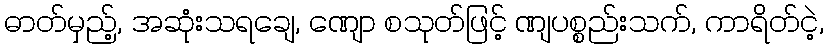
ဓာတ်မှည့်, အဆုံးသရချေ, ဏျော စသုတ်ဖြင့် ဏျပစ္စည်းသက်, ကာရိတ်ငဲ့,